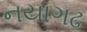
નયાગઢ